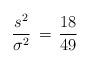
LaTeX: \begin{align*}\frac{s^2}{\sigma^2} \, = \, \frac{18}{49} \end{align*}